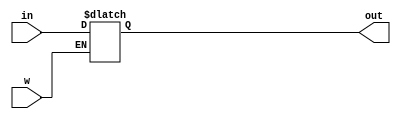
module regn1 (in, w, out);

	input [15:0] in;
	input w;
	output [15:0] out;
	
	reg [15:0] registrador;
	
	initial begin
		registrador = 16'b0000000000000001;
	end
	
	always @(*)
	begin
		if(w)
			registrador = in;
	end
	
	assign out = registrador;
	
endmodule